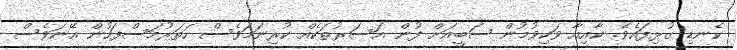
ކެނޑި ގުޅިފައެވެ. ކާއިއާ ވަކިވުމުން ސަބީއަށް ފުން އަސަރުތަކެއް ކުރިނަމަވެސް ހަތަރުމަސްފަހުން އޭނަވެސް